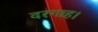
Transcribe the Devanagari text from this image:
दरगाह।